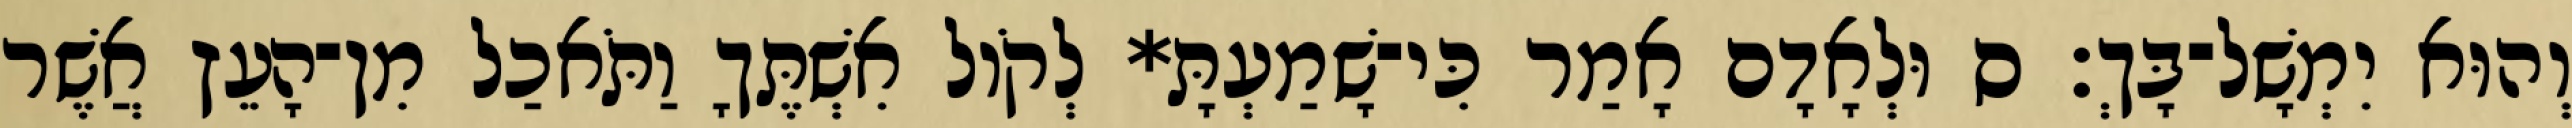
וְהוּא יִמְשָׁל־בָּךְ׃ ס וּלְאָדָם אָמַר כִּי־שָׁמַעְתָּ* לְקֹול אִשְׁתֶּךָ וַתֹּאכַל מִן־הָעֵץ אֲשֶׁר